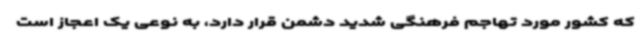
که کشور مورد تهاجم فرهنگی شدید دشمن قرار دارد، به نوعی یک اعجاز است